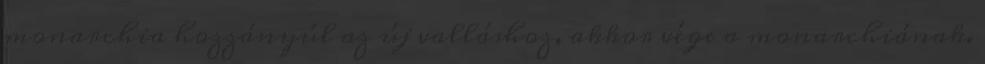
monarchia hozzányúl az új valláshoz, akkor vége a monarchiának.